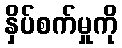
နှိပ်စက်မှုကို